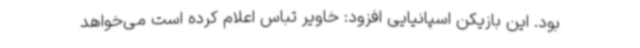
بود. این بازیکن اسپانیایی افزود: خاویر تباس اعلام کرده است می‌خواهد